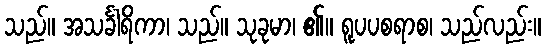
သည်။ အသင်္ခါရိကာ၊ သည်။ သုခုမာ၊ ၏။ ရူပပစရာစ၊ သည်လည်း။